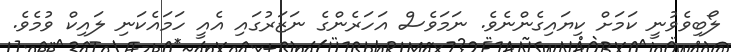
ލޯބިވެވުނީ ކަމަށް ކިޔައިގެންނެވެ. ނަމަވެސް އަހަރެންގެ ނަޒަރުގައި އެއީ ހަމައެކަނި ލައިކް ވުމެވެ.